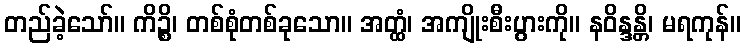
တည်ခဲ့သော်။ ကိဉ္စိ၊ တစ်စုံတစ်ခုသော။ အတ္ထံ၊ အကျိုးစီးပွားကို။ နဝိန္ဒန္တိ၊ မရကုန်။